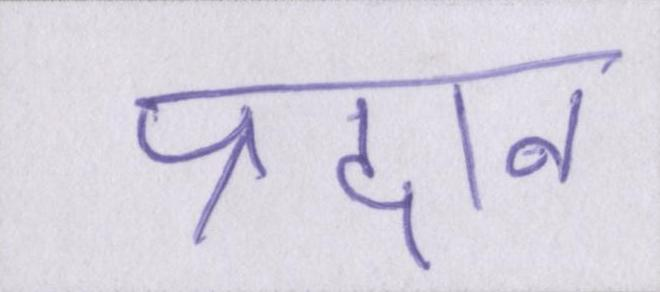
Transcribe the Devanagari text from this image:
प्रदान